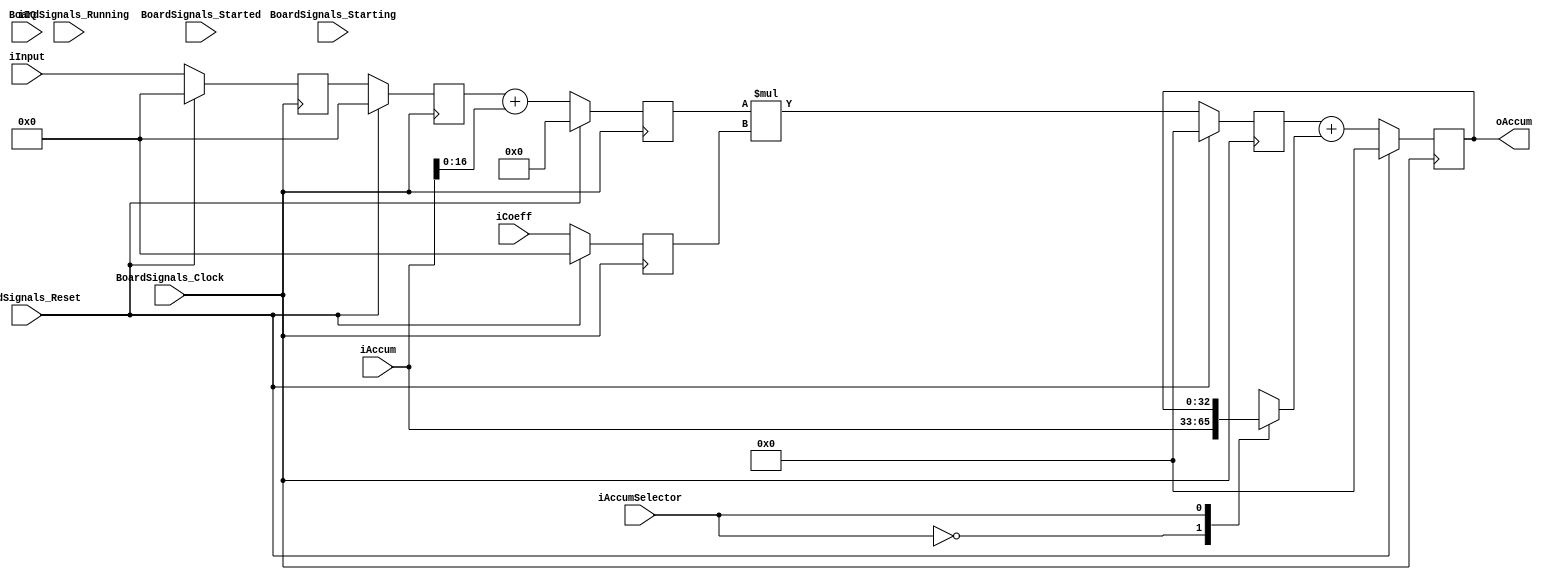
`timescale 1ns/1ps
`default_nettype none
// PLEASE READ THIS, IT MAY SAVE YOU SOME TIME AND MONEY, THANK YOU!
// * This file was generated by Quokka FPGA Toolkit.
// * Generated code is your property, do whatever you want with it
// * Place custom code between [BEGIN USER ***] and [END USER ***].
// * CAUTION: All code outside of [USER] scope is subject to regeneration.
// * Bad things happen sometimes in developer's life,
//   it is recommended to use source control management software (e.g. git, bzr etc) to keep your custom code safe'n'sound.
// * Internal structure of code is subject to change.
//   You can use some of signals in custom code, but most likely they will not exist in future (e.g. will get shorter or gone completely)
// * Please send your feedback, comments, improvement ideas etc. to evmuryshkin@gmail.com
// * Visit https://github.com/EvgenyMuryshkin/QuokkaEvaluation to access latest version of playground
//
// DISCLAIMER:
//   Code comes AS-IS, it is your responsibility to make sure it is working as expected
//   no responsibility will be taken for any loss or damage caused by use of Quokka toolkit.
//
// System configuration name is FIRStageModule16_TopLevel_dsp, clock frequency is 1Hz, Embedded
// FSM summary
// -- Packages
module FIRStageModule16_TopLevel_dsp
(
	// [BEGIN USER PORTS]
	// [END USER PORTS]
	input wire BoardSignals_Clock,
	input wire BoardSignals_Reset,
	input wire BoardSignals_Running,
	input wire BoardSignals_Starting,
	input wire BoardSignals_Started,
	input wire [15:0] iIQ,
	input wire [15:0] iInput,
	input wire [15:0] iCoeff,
	input wire [32:0] iAccum,
	input wire iAccumSelector,
	output wire [32:0] oAccum
);
	// [BEGIN USER SIGNALS]
	// [END USER SIGNALS]
	localparam HiSignal = 1'b1;
	localparam LoSignal = 1'b0;
	wire Zero = 1'b0;
	wire One = 1'b1;
	wire true = 1'b1;
	wire false = 1'b0;
	wire [2: 0] firParams_Order = 3'b100;
	wire [2: 0] firParams_DOSize = 3'b100;
	wire [4: 0] firParams_IQSize = 5'b10000;
	wire [4: 0] firParams_CoeffSize = 5'b10000;
	wire [4: 0] firParams_SumSize = 5'b10001;
	wire [5: 0] firParams_MultSize = 6'b100001;
	wire [5: 0] firParams_AccumSize = 6'b100001;
	wire [1: 0] firParams_CoeffRamAddrBits = 2'b10;
	wire [3: 0] firParams_DataRamAddrBits = 4'b1000;
	wire [15: 0] Inputs_iIQ;
	wire [15: 0] Inputs_iInput;
	wire [15: 0] Inputs_iCoeff;
	wire [32: 0] Inputs_iAccum;
	wire Inputs_iAccumSelector;
	reg [15: 0] NextState_input1;
	reg [15: 0] NextState_input2;
	reg [15: 0] NextState_coeff;
	reg [16: 0] NextState_sum;
	reg [32: 0] NextState_mult;
	reg [32: 0] NextState_accum;
	wire [32: 0] internalAccumInputData;
	wire [16: 0] FIRStageDSPModule_L66F9L76T10_FIRStageDSPModule_L72F29T85_Index;
	wire [32: 0] FIRStageDSPModule_L66F9L76T10_FIRStageDSPModule_L73F30T82_Index;
	wire [32: 0] FIRStageDSPModule_L66F9L76T10_FIRStageDSPModule_L75F31T96_Index;
	reg [15: 0] State_input1 = 16'b0000000000000000;
	wire [15: 0] State_input1Default = 16'b0000000000000000;
	reg [15: 0] State_input2 = 16'b0000000000000000;
	wire [15: 0] State_input2Default = 16'b0000000000000000;
	reg [15: 0] State_coeff = 16'b0000000000000000;
	wire [15: 0] State_coeffDefault = 16'b0000000000000000;
	reg [16: 0] State_sum = 17'b00000000000000000;
	wire [16: 0] State_sumDefault = 17'b00000000000000000;
	reg [32: 0] State_mult = 33'b000000000000000000000000000000000;
	wire [32: 0] State_multDefault = 33'b000000000000000000000000000000000;
	reg [32: 0] State_accum = 33'b000000000000000000000000000000000;
	wire [32: 0] State_accumDefault = 33'b000000000000000000000000000000000;
	wire [34: 0] FIRStageDSPModule_L66F9L76T10_FIRStageDSPModule_L72F30T58_Expr;
	wire signed [34: 0] FIRStageDSPModule_L66F9L76T10_FIRStageDSPModule_L72F30T58_Expr_1;
	wire signed [34: 0] FIRStageDSPModule_L66F9L76T10_FIRStageDSPModule_L72F30T58_Expr_2;
	wire [33: 0] FIRStageDSPModule_L66F9L76T10_FIRStageDSPModule_L73F31T54_Expr;
	wire signed [33: 0] FIRStageDSPModule_L66F9L76T10_FIRStageDSPModule_L73F31T54_Expr_1;
	wire signed [33: 0] FIRStageDSPModule_L66F9L76T10_FIRStageDSPModule_L73F31T54_Expr_2;
	wire [34: 0] FIRStageDSPModule_L66F9L76T10_FIRStageDSPModule_L75F32T67_Expr;
	wire signed [34: 0] FIRStageDSPModule_L66F9L76T10_FIRStageDSPModule_L75F32T67_Expr_1;
	wire signed [34: 0] FIRStageDSPModule_L66F9L76T10_FIRStageDSPModule_L75F32T67_Expr_2;
	reg [32: 0] FIRStageDSPModule_L59F13L61T32_Lookup;
	wire FIRStageDSPModule_L59F13L61T32_LookupMultiplexerAddress;
	wire [32: 0] FIRStageDSPModule_L59F13L61T32_Lookup1;
	wire [32: 0] FIRStageDSPModule_L59F13L61T32_Lookup2;
	always @ (posedge BoardSignals_Clock)
	begin
		if ((BoardSignals_Reset == 1))
		begin
			State_input1 <= State_input1Default;
			State_input2 <= State_input2Default;
			State_coeff <= State_coeffDefault;
			State_sum <= State_sumDefault;
			State_mult <= State_multDefault;
			State_accum <= State_accumDefault;
		end
		else
		begin
			State_input1 <= NextState_input1;
			State_input2 <= NextState_input2;
			State_coeff <= NextState_coeff;
			State_sum <= NextState_sum;
			State_mult <= NextState_mult;
			State_accum <= NextState_accum;
		end
	end
	assign FIRStageDSPModule_L66F9L76T10_FIRStageDSPModule_L72F30T58_Expr = FIRStageDSPModule_L66F9L76T10_FIRStageDSPModule_L72F30T58_Expr_1 + FIRStageDSPModule_L66F9L76T10_FIRStageDSPModule_L72F30T58_Expr_2;
	assign FIRStageDSPModule_L66F9L76T10_FIRStageDSPModule_L73F31T54_Expr = FIRStageDSPModule_L66F9L76T10_FIRStageDSPModule_L73F31T54_Expr_1 * FIRStageDSPModule_L66F9L76T10_FIRStageDSPModule_L73F31T54_Expr_2;
	assign FIRStageDSPModule_L66F9L76T10_FIRStageDSPModule_L75F32T67_Expr = FIRStageDSPModule_L66F9L76T10_FIRStageDSPModule_L75F32T67_Expr_1 + FIRStageDSPModule_L66F9L76T10_FIRStageDSPModule_L75F32T67_Expr_2;
	always @ (*)
	begin
		case (FIRStageDSPModule_L59F13L61T32_LookupMultiplexerAddress)
			'b0:
			begin
				FIRStageDSPModule_L59F13L61T32_Lookup = FIRStageDSPModule_L59F13L61T32_Lookup1;
			end
			'b1:
			begin
				FIRStageDSPModule_L59F13L61T32_Lookup = FIRStageDSPModule_L59F13L61T32_Lookup2;
			end
			default:
			begin
				FIRStageDSPModule_L59F13L61T32_Lookup = 'b000000000000000000000000000000000;
			end
		endcase
	end
	always @ (*)
	begin
		NextState_input1 = State_input1;
		NextState_input2 = State_input2;
		NextState_coeff = State_coeff;
		NextState_sum = State_sum;
		NextState_mult = State_mult;
		NextState_accum = State_accum;
		NextState_input1 = Inputs_iInput;
		NextState_input2 = State_input1;
		NextState_coeff = Inputs_iCoeff;
		NextState_sum = FIRStageDSPModule_L66F9L76T10_FIRStageDSPModule_L72F29T85_Index;
		NextState_mult = FIRStageDSPModule_L66F9L76T10_FIRStageDSPModule_L73F30T82_Index;
		NextState_accum = FIRStageDSPModule_L66F9L76T10_FIRStageDSPModule_L75F31T96_Index;
	end
	assign FIRStageDSPModule_L66F9L76T10_FIRStageDSPModule_L72F30T58_Expr_1 = { {19{1'b0}}, State_input2 };
	assign FIRStageDSPModule_L66F9L76T10_FIRStageDSPModule_L72F30T58_Expr_2 = { {2{1'b0}}, Inputs_iAccum };
	assign FIRStageDSPModule_L66F9L76T10_FIRStageDSPModule_L73F31T54_Expr_1 = { {17{1'b0}}, State_sum };
	assign FIRStageDSPModule_L66F9L76T10_FIRStageDSPModule_L73F31T54_Expr_2 = { {18{1'b0}}, State_coeff };
	assign FIRStageDSPModule_L66F9L76T10_FIRStageDSPModule_L75F32T67_Expr_1 = { {2{1'b0}}, State_mult };
	assign FIRStageDSPModule_L66F9L76T10_FIRStageDSPModule_L75F32T67_Expr_2 = { {2{1'b0}}, internalAccumInputData };
	assign Inputs_iIQ = iIQ;
	assign Inputs_iInput = iInput;
	assign Inputs_iCoeff = iCoeff;
	assign Inputs_iAccum = iAccum;
	assign Inputs_iAccumSelector = iAccumSelector;
	assign internalAccumInputData = FIRStageDSPModule_L59F13L61T32_Lookup;
	assign FIRStageDSPModule_L66F9L76T10_FIRStageDSPModule_L72F29T85_Index = FIRStageDSPModule_L66F9L76T10_FIRStageDSPModule_L72F30T58_Expr[16:0];
	assign FIRStageDSPModule_L66F9L76T10_FIRStageDSPModule_L73F30T82_Index = FIRStageDSPModule_L66F9L76T10_FIRStageDSPModule_L73F31T54_Expr[32:0];
	assign FIRStageDSPModule_L66F9L76T10_FIRStageDSPModule_L75F31T96_Index = FIRStageDSPModule_L66F9L76T10_FIRStageDSPModule_L75F32T67_Expr[32:0];
	assign oAccum = State_accum;
	assign FIRStageDSPModule_L59F13L61T32_Lookup1 = Inputs_iAccum;
	assign FIRStageDSPModule_L59F13L61T32_Lookup2 = State_accum;
	assign FIRStageDSPModule_L59F13L61T32_LookupMultiplexerAddress = Inputs_iAccumSelector;
	// [BEGIN USER ARCHITECTURE]
	// [END USER ARCHITECTURE]
endmodule